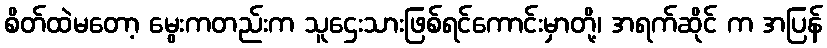
စိတ်ထဲမတော့ မွေးကတည်းက သူဌေးသားဖြစ်ရင်ကောင်းမှာတို့၊ အရက်ဆိုင် က အပြန်